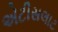
એટીસલાટ